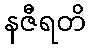
နဇီရတိ